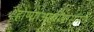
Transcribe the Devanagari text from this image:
होण्याआधीपासूनच